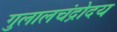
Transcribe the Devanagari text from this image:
गुलालचंद्रोदय